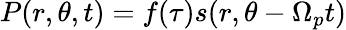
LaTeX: P(r,\theta,t)=f(\tau)s(r,\theta-\Omega_{p}t)